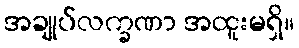
အချုပ်လက္ခဏာ အထူးမရှိ။